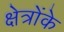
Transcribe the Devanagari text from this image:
क्षेत्रोंके